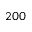
2 0 0